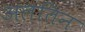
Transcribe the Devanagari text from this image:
अलतिन